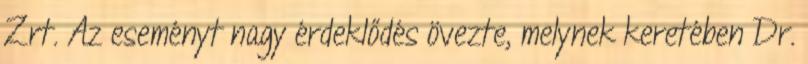
Zrt. Az eseményt nagy érdeklődés övezte, melynek keretében Dr.